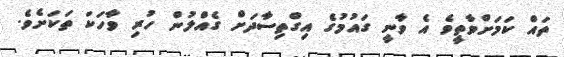
ތައް ކަމަށްވާތީވެ އެ ވާނީ ގައުމުގެ އިގްތިސާދަށް ގެއްލުން ހުރި ވާހަކަ ތަކަށެވެ.